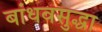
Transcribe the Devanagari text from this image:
बांधवसुद्धा